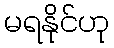
မရနိုင်ဟု